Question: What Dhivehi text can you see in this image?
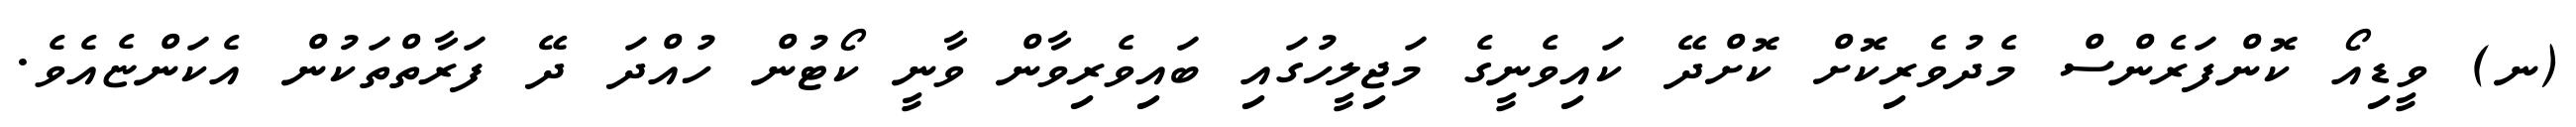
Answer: (ނ) ވީޑިއޯ ކޮންފަރެންސް މެދުވެރިކޮށް ކޮށްދޭ ކައިވެނީގެ މަޖިލީހުގައި ބައިވެރިވާން ވާނީ ކޯޓުން ހުއްދަ ދޭ ފަރާތްތަކުން އެކަންޏެއެވެ.